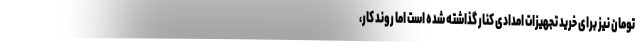
تومان نیز برای خرید تجهیزات امدادی کنار گذاشته شده است اما روند کار،